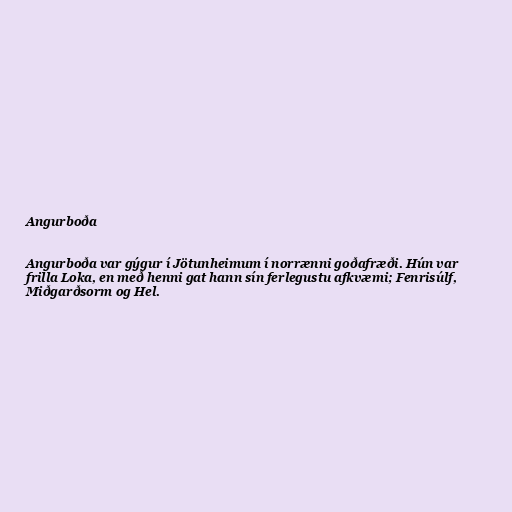
Angurboða

Angurboða var gýgur í Jötunheimum í norrænni goðafræði. Hún var
frilla Loka, en með henni gat hann sín ferlegustu afkvæmi; Fenrisúlf,
Miðgarðsorm og Hel.